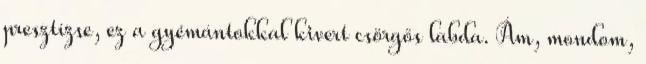
presztízse, ez a gyémántokkal kivert csörgős labda. Ám, mondom,